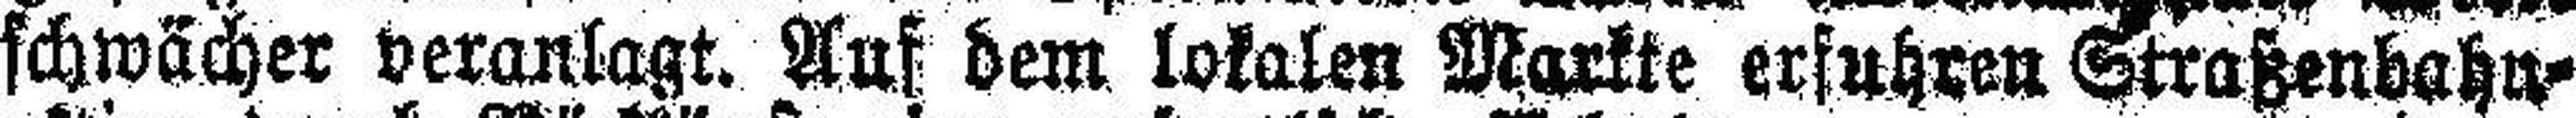
schwächer veranlagt. Auf dem lokalen Markte erfuhren Straßenbahn¬